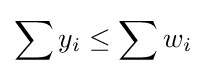
\sum y_{i}\leq \sum w_{i}